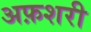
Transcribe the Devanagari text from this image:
अफ़शरी